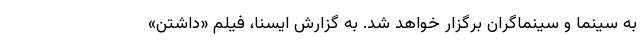
به سینما و سینماگران برگزار خواهد شد. به گزارش ایسنا، فیلم «داشتن»